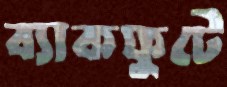
ব্যাকফুটে